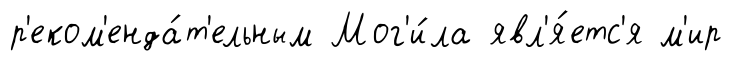
р'еком'енда́т'ельным Мог'и́ла явл'я́етс'я м'ир